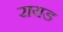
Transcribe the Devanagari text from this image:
रायड